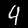
Digit: 4